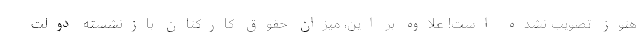
هنوز تصویب نشده است! علاوه بر این، میزان حقوق کارکنان بازنشسته دولت